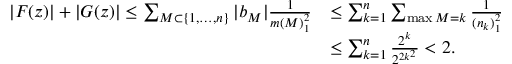
\begin{array} { r l } { | F ( z ) | + | G ( z ) | \leq \sum _ { M \subset \{ 1 , \ldots , n \} } | b _ { M } | \frac { 1 } { m ( M ) _ { 1 } ^ { 2 } } } & { \leq \sum _ { k = 1 } ^ { n } \sum _ { \operatorname* { m a x } M = k } \frac { 1 } { ( n _ { k } ) _ { 1 } ^ { 2 } } } \\ & { \leq \sum _ { k = 1 } ^ { n } \frac { 2 ^ { k } } { 2 ^ { 2 k ^ { 2 } } } < 2 . } \end{array}